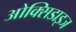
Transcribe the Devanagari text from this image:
ओक्सिडाइज